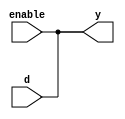
module buffer_g(input d,input enable,output y);
buf b1(y,enable,d);
endmodule